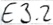
Text: E3.2